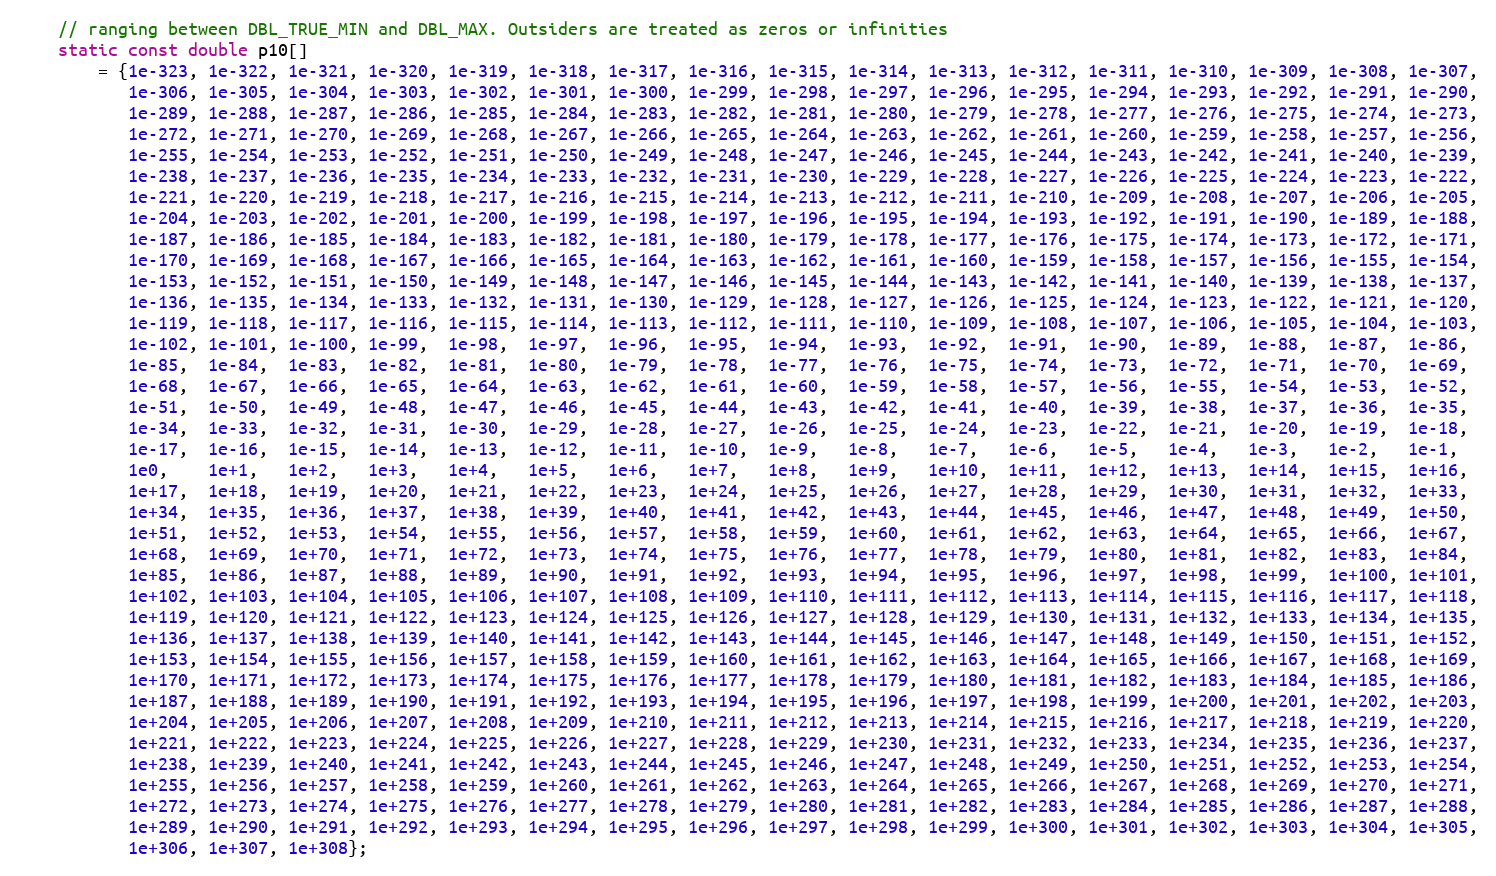
Language: C++
    // ranging between DBL_TRUE_MIN and DBL_MAX. Outsiders are treated as zeros or infinities
    static const double p10[]
        = {1e-323, 1e-322, 1e-321, 1e-320, 1e-319, 1e-318, 1e-317, 1e-316, 1e-315, 1e-314, 1e-313, 1e-312, 1e-311, 1e-310, 1e-309, 1e-308, 1e-307,
           1e-306, 1e-305, 1e-304, 1e-303, 1e-302, 1e-301, 1e-300, 1e-299, 1e-298, 1e-297, 1e-296, 1e-295, 1e-294, 1e-293, 1e-292, 1e-291, 1e-290,
           1e-289, 1e-288, 1e-287, 1e-286, 1e-285, 1e-284, 1e-283, 1e-282, 1e-281, 1e-280, 1e-279, 1e-278, 1e-277, 1e-276, 1e-275, 1e-274, 1e-273,
           1e-272, 1e-271, 1e-270, 1e-269, 1e-268, 1e-267, 1e-266, 1e-265, 1e-264, 1e-263, 1e-262, 1e-261, 1e-260, 1e-259, 1e-258, 1e-257, 1e-256,
           1e-255, 1e-254, 1e-253, 1e-252, 1e-251, 1e-250, 1e-249, 1e-248, 1e-247, 1e-246, 1e-245, 1e-244, 1e-243, 1e-242, 1e-241, 1e-240, 1e-239,
           1e-238, 1e-237, 1e-236, 1e-235, 1e-234, 1e-233, 1e-232, 1e-231, 1e-230, 1e-229, 1e-228, 1e-227, 1e-226, 1e-225, 1e-224, 1e-223, 1e-222,
           1e-221, 1e-220, 1e-219, 1e-218, 1e-217, 1e-216, 1e-215, 1e-214, 1e-213, 1e-212, 1e-211, 1e-210, 1e-209, 1e-208, 1e-207, 1e-206, 1e-205,
           1e-204, 1e-203, 1e-202, 1e-201, 1e-200, 1e-199, 1e-198, 1e-197, 1e-196, 1e-195, 1e-194, 1e-193, 1e-192, 1e-191, 1e-190, 1e-189, 1e-188,
           1e-187, 1e-186, 1e-185, 1e-184, 1e-183, 1e-182, 1e-181, 1e-180, 1e-179, 1e-178, 1e-177, 1e-176, 1e-175, 1e-174, 1e-173, 1e-172, 1e-171,
           1e-170, 1e-169, 1e-168, 1e-167, 1e-166, 1e-165, 1e-164, 1e-163, 1e-162, 1e-161, 1e-160, 1e-159, 1e-158, 1e-157, 1e-156, 1e-155, 1e-154,
           1e-153, 1e-152, 1e-151, 1e-150, 1e-149, 1e-148, 1e-147, 1e-146, 1e-145, 1e-144, 1e-143, 1e-142, 1e-141, 1e-140, 1e-139, 1e-138, 1e-137,
           1e-136, 1e-135, 1e-134, 1e-133, 1e-132, 1e-131, 1e-130, 1e-129, 1e-128, 1e-127, 1e-126, 1e-125, 1e-124, 1e-123, 1e-122, 1e-121, 1e-120,
           1e-119, 1e-118, 1e-117, 1e-116, 1e-115, 1e-114, 1e-113, 1e-112, 1e-111, 1e-110, 1e-109, 1e-108, 1e-107, 1e-106, 1e-105, 1e-104, 1e-103,
           1e-102, 1e-101, 1e-100, 1e-99,  1e-98,  1e-97,  1e-96,  1e-95,  1e-94,  1e-93,  1e-92,  1e-91,  1e-90,  1e-89,  1e-88,  1e-87,  1e-86,
           1e-85,  1e-84,  1e-83,  1e-82,  1e-81,  1e-80,  1e-79,  1e-78,  1e-77,  1e-76,  1e-75,  1e-74,  1e-73,  1e-72,  1e-71,  1e-70,  1e-69,
           1e-68,  1e-67,  1e-66,  1e-65,  1e-64,  1e-63,  1e-62,  1e-61,  1e-60,  1e-59,  1e-58,  1e-57,  1e-56,  1e-55,  1e-54,  1e-53,  1e-52,
           1e-51,  1e-50,  1e-49,  1e-48,  1e-47,  1e-46,  1e-45,  1e-44,  1e-43,  1e-42,  1e-41,  1e-40,  1e-39,  1e-38,  1e-37,  1e-36,  1e-35,
           1e-34,  1e-33,  1e-32,  1e-31,  1e-30,  1e-29,  1e-28,  1e-27,  1e-26,  1e-25,  1e-24,  1e-23,  1e-22,  1e-21,  1e-20,  1e-19,  1e-18,
           1e-17,  1e-16,  1e-15,  1e-14,  1e-13,  1e-12,  1e-11,  1e-10,  1e-9,   1e-8,   1e-7,   1e-6,   1e-5,   1e-4,   1e-3,   1e-2,   1e-1,
           1e0,    1e+1,   1e+2,   1e+3,   1e+4,   1e+5,   1e+6,   1e+7,   1e+8,   1e+9,   1e+10,  1e+11,  1e+12,  1e+13,  1e+14,  1e+15,  1e+16,
           1e+17,  1e+18,  1e+19,  1e+20,  1e+21,  1e+22,  1e+23,  1e+24,  1e+25,  1e+26,  1e+27,  1e+28,  1e+29,  1e+30,  1e+31,  1e+32,  1e+33,
           1e+34,  1e+35,  1e+36,  1e+37,  1e+38,  1e+39,  1e+40,  1e+41,  1e+42,  1e+43,  1e+44,  1e+45,  1e+46,  1e+47,  1e+48,  1e+49,  1e+50,
           1e+51,  1e+52,  1e+53,  1e+54,  1e+55,  1e+56,  1e+57,  1e+58,  1e+59,  1e+60,  1e+61,  1e+62,  1e+63,  1e+64,  1e+65,  1e+66,  1e+67,
           1e+68,  1e+69,  1e+70,  1e+71,  1e+72,  1e+73,  1e+74,  1e+75,  1e+76,  1e+77,  1e+78,  1e+79,  1e+80,  1e+81,  1e+82,  1e+83,  1e+84,
           1e+85,  1e+86,  1e+87,  1e+88,  1e+89,  1e+90,  1e+91,  1e+92,  1e+93,  1e+94,  1e+95,  1e+96,  1e+97,  1e+98,  1e+99,  1e+100, 1e+101,
           1e+102, 1e+103, 1e+104, 1e+105, 1e+106, 1e+107, 1e+108, 1e+109, 1e+110, 1e+111, 1e+112, 1e+113, 1e+114, 1e+115, 1e+116, 1e+117, 1e+118,
           1e+119, 1e+120, 1e+121, 1e+122, 1e+123, 1e+124, 1e+125, 1e+126, 1e+127, 1e+128, 1e+129, 1e+130, 1e+131, 1e+132, 1e+133, 1e+134, 1e+135,
           1e+136, 1e+137, 1e+138, 1e+139, 1e+140, 1e+141, 1e+142, 1e+143, 1e+144, 1e+145, 1e+146, 1e+147, 1e+148, 1e+149, 1e+150, 1e+151, 1e+152,
           1e+153, 1e+154, 1e+155, 1e+156, 1e+157, 1e+158, 1e+159, 1e+160, 1e+161, 1e+162, 1e+163, 1e+164, 1e+165, 1e+166, 1e+167, 1e+168, 1e+169,
           1e+170, 1e+171, 1e+172, 1e+173, 1e+174, 1e+175, 1e+176, 1e+177, 1e+178, 1e+179, 1e+180, 1e+181, 1e+182, 1e+183, 1e+184, 1e+185, 1e+186,
           1e+187, 1e+188, 1e+189, 1e+190, 1e+191, 1e+192, 1e+193, 1e+194, 1e+195, 1e+196, 1e+197, 1e+198, 1e+199, 1e+200, 1e+201, 1e+202, 1e+203,
           1e+204, 1e+205, 1e+206, 1e+207, 1e+208, 1e+209, 1e+210, 1e+211, 1e+212, 1e+213, 1e+214, 1e+215, 1e+216, 1e+217, 1e+218, 1e+219, 1e+220,
           1e+221, 1e+222, 1e+223, 1e+224, 1e+225, 1e+226, 1e+227, 1e+228, 1e+229, 1e+230, 1e+231, 1e+232, 1e+233, 1e+234, 1e+235, 1e+236, 1e+237,
           1e+238, 1e+239, 1e+240, 1e+241, 1e+242, 1e+243, 1e+244, 1e+245, 1e+246, 1e+247, 1e+248, 1e+249, 1e+250, 1e+251, 1e+252, 1e+253, 1e+254,
           1e+255, 1e+256, 1e+257, 1e+258, 1e+259, 1e+260, 1e+261, 1e+262, 1e+263, 1e+264, 1e+265, 1e+266, 1e+267, 1e+268, 1e+269, 1e+270, 1e+271,
           1e+272, 1e+273, 1e+274, 1e+275, 1e+276, 1e+277, 1e+278, 1e+279, 1e+280, 1e+281, 1e+282, 1e+283, 1e+284, 1e+285, 1e+286, 1e+287, 1e+288,
           1e+289, 1e+290, 1e+291, 1e+292, 1e+293, 1e+294, 1e+295, 1e+296, 1e+297, 1e+298, 1e+299, 1e+300, 1e+301, 1e+302, 1e+303, 1e+304, 1e+305,
           1e+306, 1e+307, 1e+308};